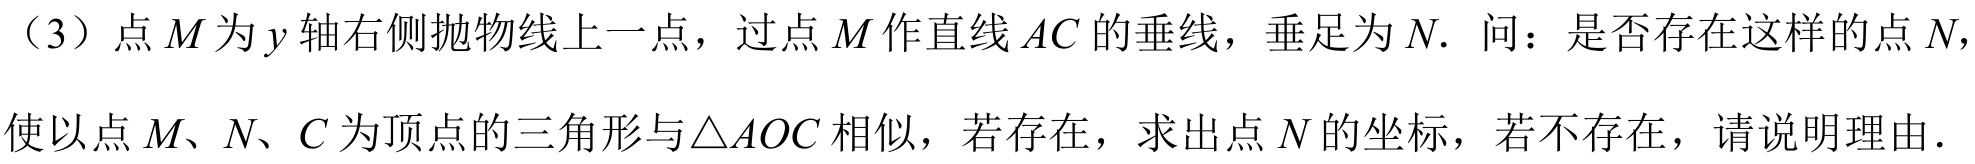
（3）点\(M\)为\(y\)轴右侧抛物线上一点，过点\(M\)作直线\(AC\)的垂线，垂足为\(N.\) 问：是否存在这样的点\(N\)，使以点\(M、N、C\)为顶点的三角形与\(\triangle AOC\)相似，若存在，求出点\(N\)的坐标，若不存在，请说明理由．